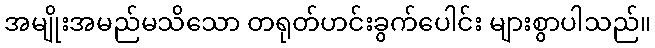
အမျိုးအမည်မသိသော တရုတ်ဟင်းခွက်ပေါင်း များစွာပါသည်။